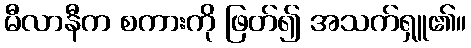
မီလာနီက စကားကို ဖြတ်၍ အသက်ရှူ၏။